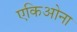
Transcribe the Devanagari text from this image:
एकिओना